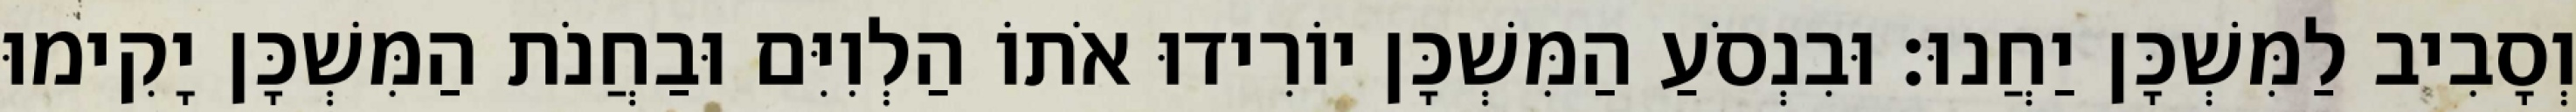
וְסָבִיב לַמִּשְׁכָּן יַחֲנוּ׃ וּבִנְסֹעַ הַמִּשְׁכָּן יוֹרִידוּ אֹתוֹ הַלְוִיִּם וּבַחֲנֹת הַמִּשְׁכָּן יָקִימוּ